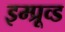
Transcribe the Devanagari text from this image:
इम्प्रूव्ड